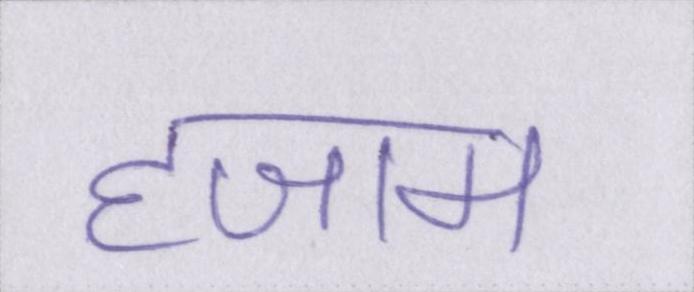
हजाम